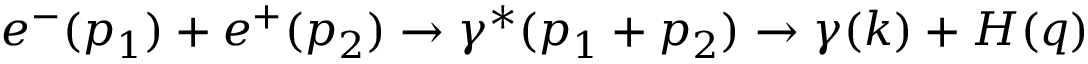
e ^ { - } ( p _ { 1 } ) + e ^ { + } ( p _ { 2 } ) \rightarrow \gamma ^ { * } ( p _ { 1 } + p _ { 2 } ) \rightarrow \gamma ( k ) + H ( q )